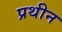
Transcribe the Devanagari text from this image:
प्रथीन